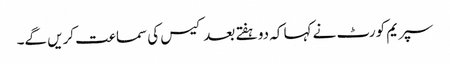
سپریم کورٹ نے کہا کہ دو ہفتے بعد کیس کی سماعت کریں گے۔